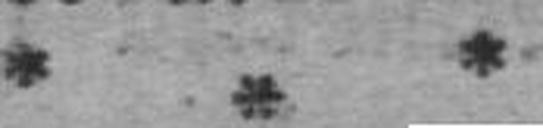
* * *